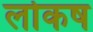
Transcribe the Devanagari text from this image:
लोकष